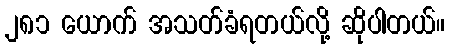
၂၈၁ ယောက် အသတ်ခံရတယ်လို့ ဆိုပါတယ်။